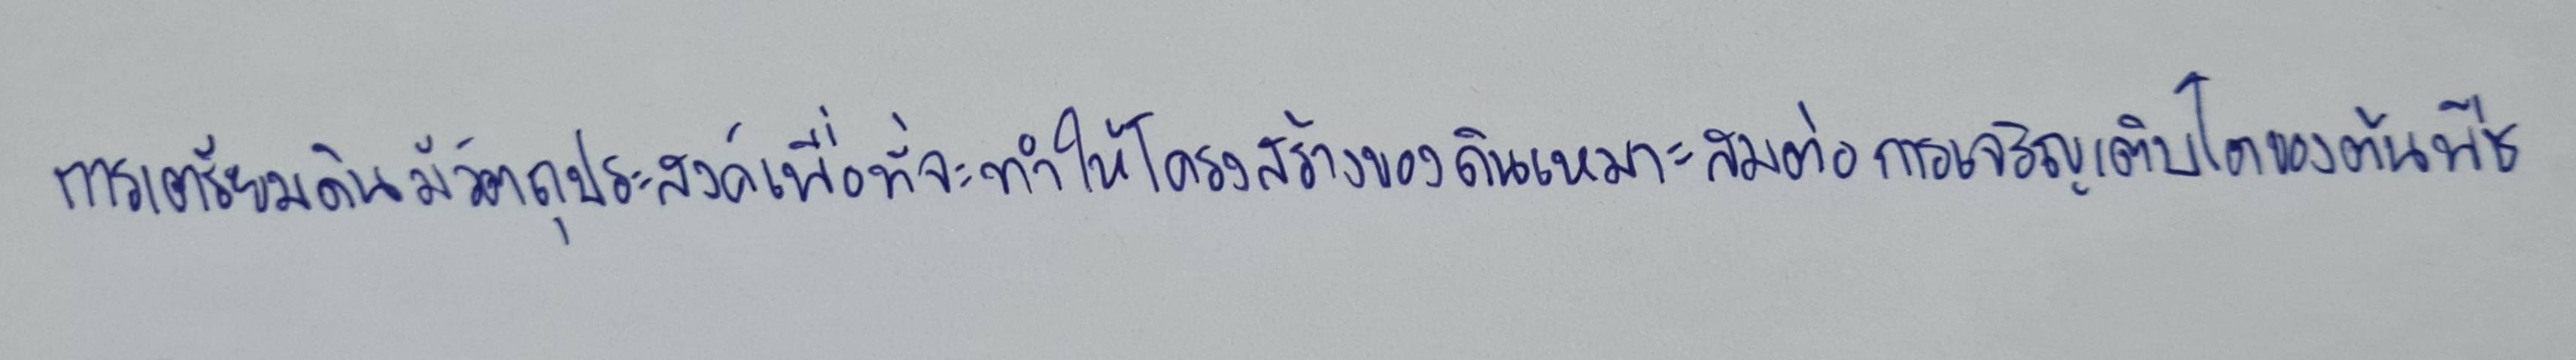
การเตรียมดินมีวัตถุประสงค์เพื่อที่จะทำให้โครงสร้างของดินเหมาะสมต่อการเจริญเติบโตของต้นพืช